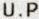
U.P